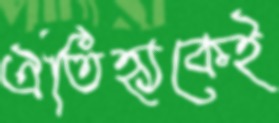
ঐতিহ্যকেই